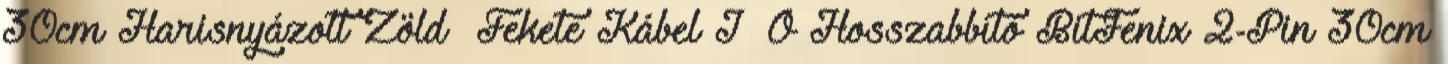
30cm Harisnyázott Zöld Fekete Kábel I O Hosszabbító BitFenix 2-Pin 30cm